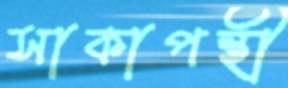
সাকাপন্থী